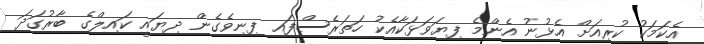
އެކަމަކު ކުރިއަށް އެޅުނު އެންމެ ފިޔަވަޅަކާއެކު ހަތަރެސްފައި ފިނިވެގެން ދިޔައީ ކައިލްގެ ބާރުގަދަ